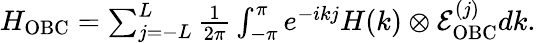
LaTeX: \begin{array}{r}{H_{\mathrm{OBC}}=\sum_{j=-L}^{L}\frac{1}{2\pi}\int_{-\pi}^{\pi}e^{-ikj}H(k)\otimes\mathcal{E}_{\mathrm{OBC}}^{(j)}dk.}\end{array}